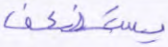
يستضعف